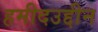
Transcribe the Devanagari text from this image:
हमीदउद्दीन